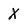
Character: X